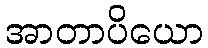
အာတာပိယော